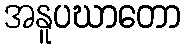
အနူပဃာတော